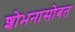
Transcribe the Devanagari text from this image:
शोभनासोबत